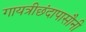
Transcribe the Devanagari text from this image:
गायत्रीछंदापासौनी